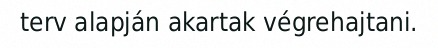
terv alapján akartak végrehajtani.